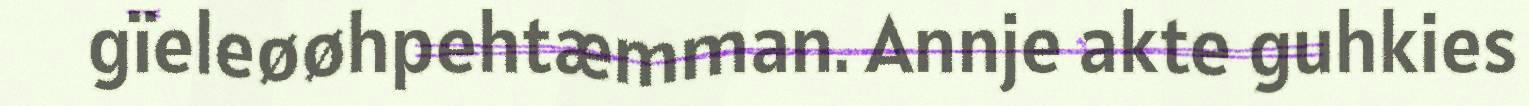
gïeleøøhpehtæmman. Annje akte guhkies